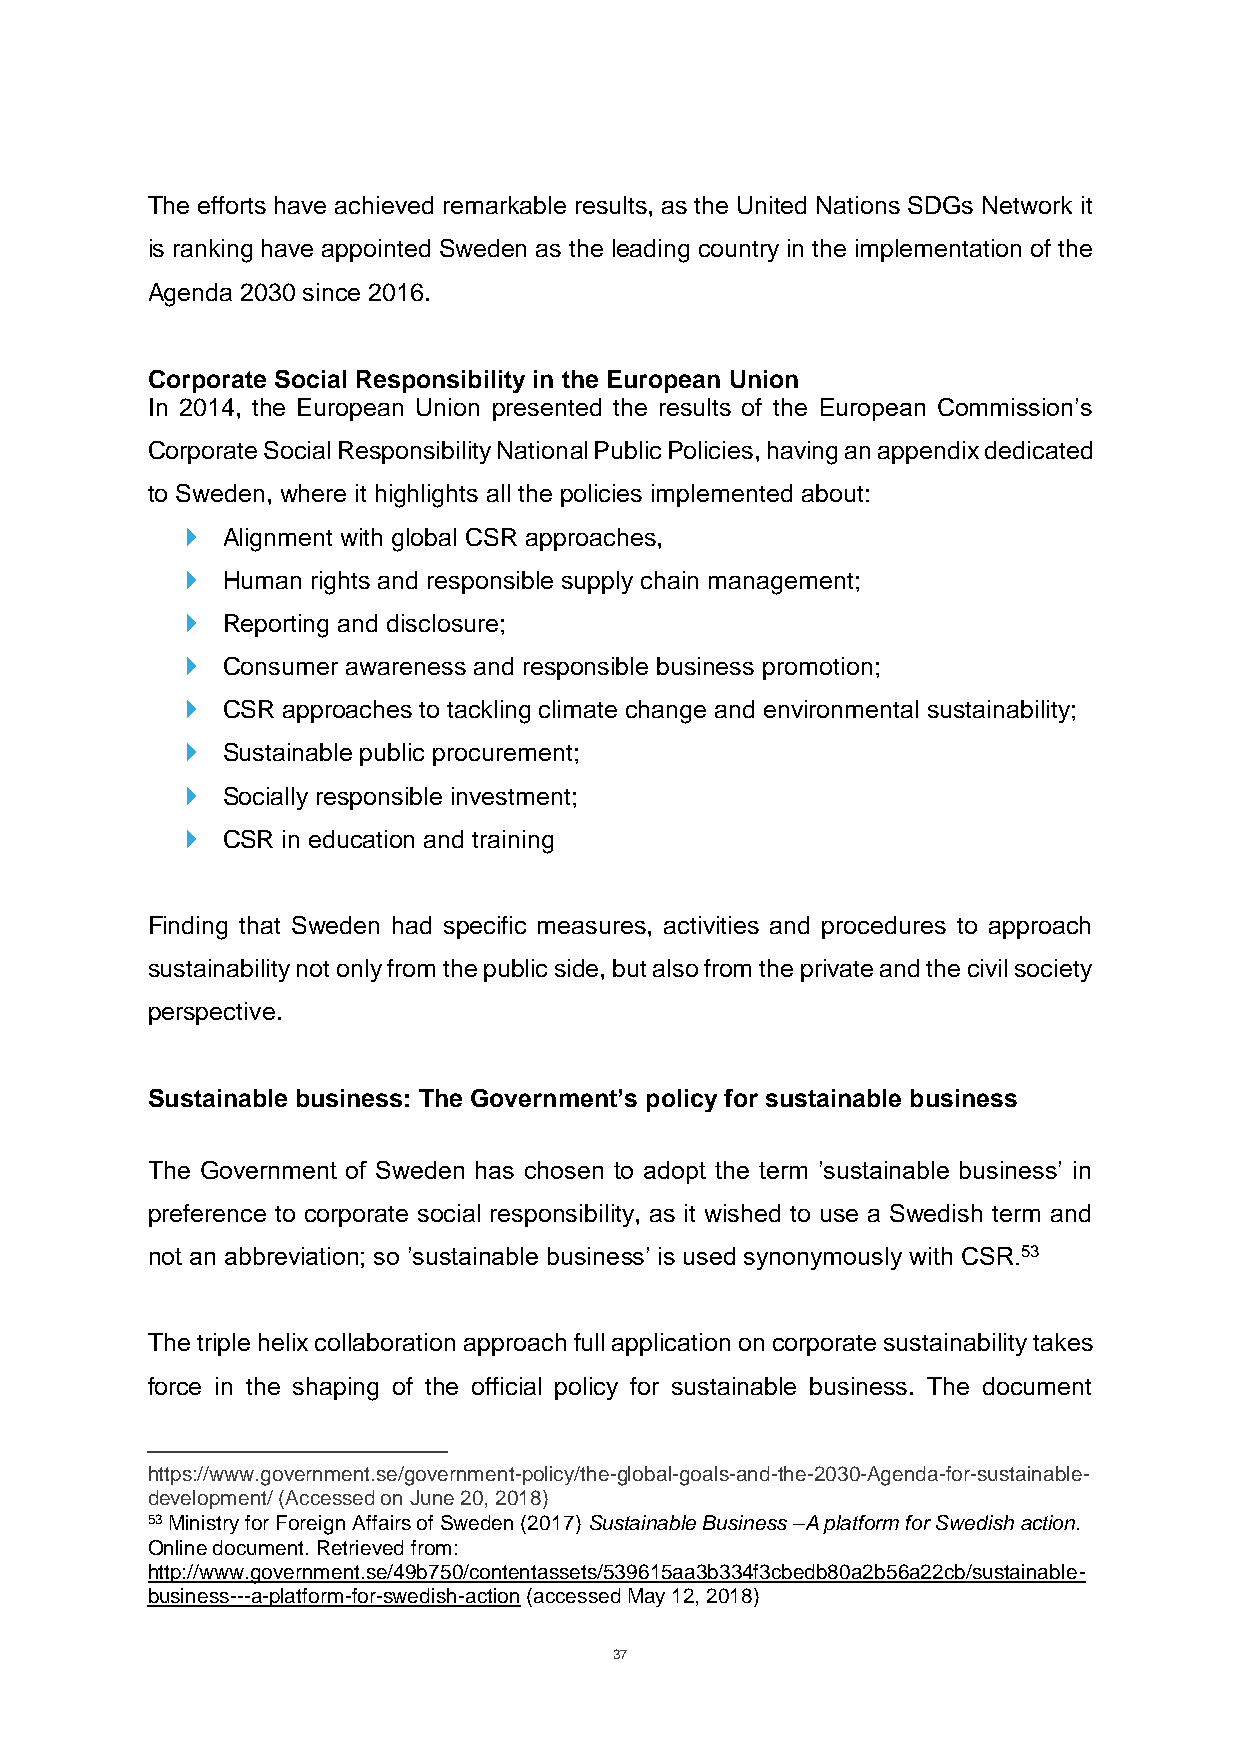
The efforts have achieved remarkable results, as the United Nations SDGs Network it
 is ranking have appointed Sweden as the leading country in the implementation of the
 Agenda 2030 since 2016.
 Corporate Social Responsibility in the European Union
 In 2014, the European Union presented the results of the European Commission’s
 Corporate Social Responsibility National Public Policies, having an appendix dedicated
 to Sweden, where it highlights all the policies implemented about:
   Alignment with global CSR approaches,
   Human rights and responsible supply chain management;
   Reporting and disclosure;
   Consumer awareness and responsible business promotion;
   CSR approaches to tackling climate change and environmental sustainability;
   Sustainable public procurement;
   Socially responsible investment;
   CSR in education and training
 Finding that Sweden had specific measures, activities and procedures to approach
 sustainability not only from the public side, but also from the private and the civil society
 perspective.
 Sustainable business: The Government’s policy for sustainable business
 The Government of Sweden has chosen to adopt the term ’sustainable business’ in
 preference to corporate social responsibility, as it wished to use a Swedish term and
 not an abbreviation; so ’sustainable business’ is used synonymously with CSR.53
 The triple helix collaboration approach full application on corporate sustainability takes
 force in the shaping of the official policy for sustainable business. The document
 https://www.government.se/government-policy/the-global-goals-and-the-2030-Agenda-for-sustainable-
 development/ (Accessed on June 20, 2018)
 53 Ministry for Foreign Affairs of Sweden (2017) Sustainable Business –A platform for Swedish action.
 Online document. Retrieved from:
 http://www.government.se/49b750/contentassets/539615aa3b334f3cbedb80a2b56a22cb/sustainable-
 business---a-platform-for-swedish-action (accessed May 12, 2018)
 37